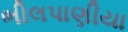
ભીલપાણીયા